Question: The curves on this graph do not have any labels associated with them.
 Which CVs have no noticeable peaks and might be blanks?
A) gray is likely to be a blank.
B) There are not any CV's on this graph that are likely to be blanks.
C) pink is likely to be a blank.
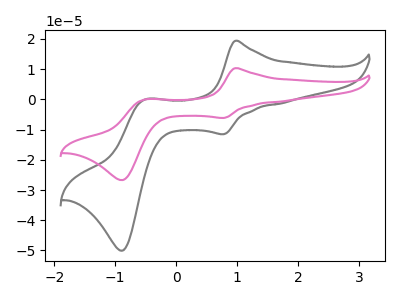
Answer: <think>The gray curve "gray" has anodic peaks at (0.95V, 19.40uA) (-0.50V, 0.00uA) and cathodic peaks at (0.80V, -11.50uA) (-0.90V, -50.05uA). The pink curve "pink" has anodic peaks at (0.95V, 10.35uA) (-0.50V, 0.00uA) and cathodic peaks at (0.80V, -6.15uA) (-0.90V, -26.70uA).</think>
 <answer>B) There are not any CV's on this graph that are likely to be blanks.</answer>
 <eval>B</eval>